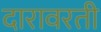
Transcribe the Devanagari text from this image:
दारावरती